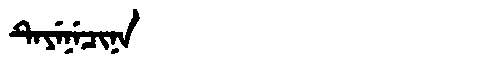
Manchu: ᡨᡝᠶᡝᠨᡝᠴᡳᠨᠠ
Romanization: TEYENECINA